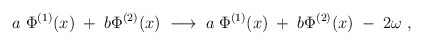
\begin{align*}a \; \Phi^{(1)}(x) \; + \; b \Phi^{(2)}(x) \; \longrightarrow \; a \; \Phi^{(1)}(x) \; + \; b \Phi^{(2)}(x) \; - \; 2 \omega \; ,\end{align*}